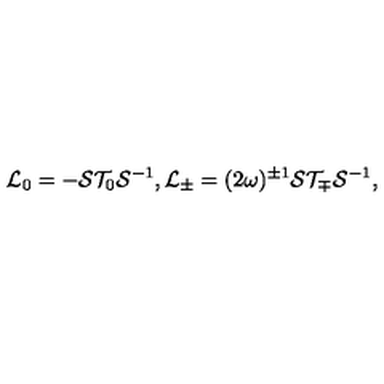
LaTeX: { \cal L } _ { 0 } = - { \cal S } { \cal T } _ { 0 } { \cal S } ^ { - 1 } , { \cal L } _ { \pm } = ( 2 \omega ) ^ { \pm 1 } { \cal S } { \cal T } _ { \mp } { \cal S } ^ { - 1 } ,